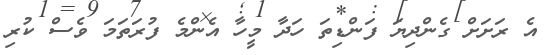
އެ ރަށަށް ގެންދިޔަ ފަންޑިތަ ހަދާ މީހާ އެންމެ ފުރަތަމަ ވެސް ކުރި